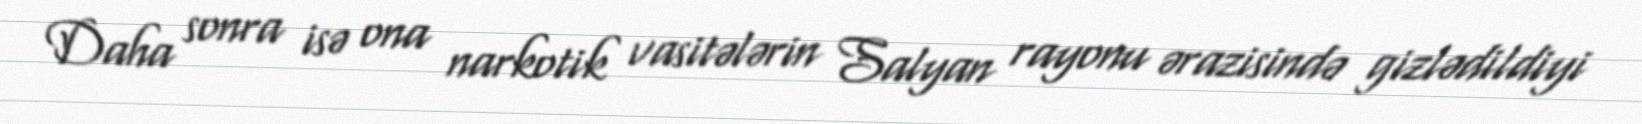
Daha sonra isə ona narkotik vasitələrin Salyan rayonu ərazisində gizlədildiyi